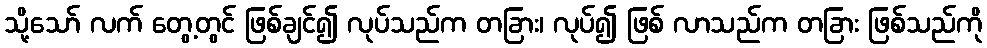
သို့သော် လက် တွေ့တွင် ဖြစ်ချင်၍ လုပ်သည်က တခြား၊ လုပ်၍ ဖြစ် လာသည်က တခြား ဖြစ်သည်ကို